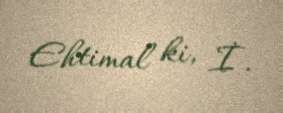
Ehtimal ki, İ.